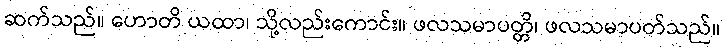
ဆက်သည်။ ဟောတိ ယထာ၊ သို့လည်းကောင်း။ ဖလသမာပတ္တိ၊ ဖလသမာပတ်သည်။